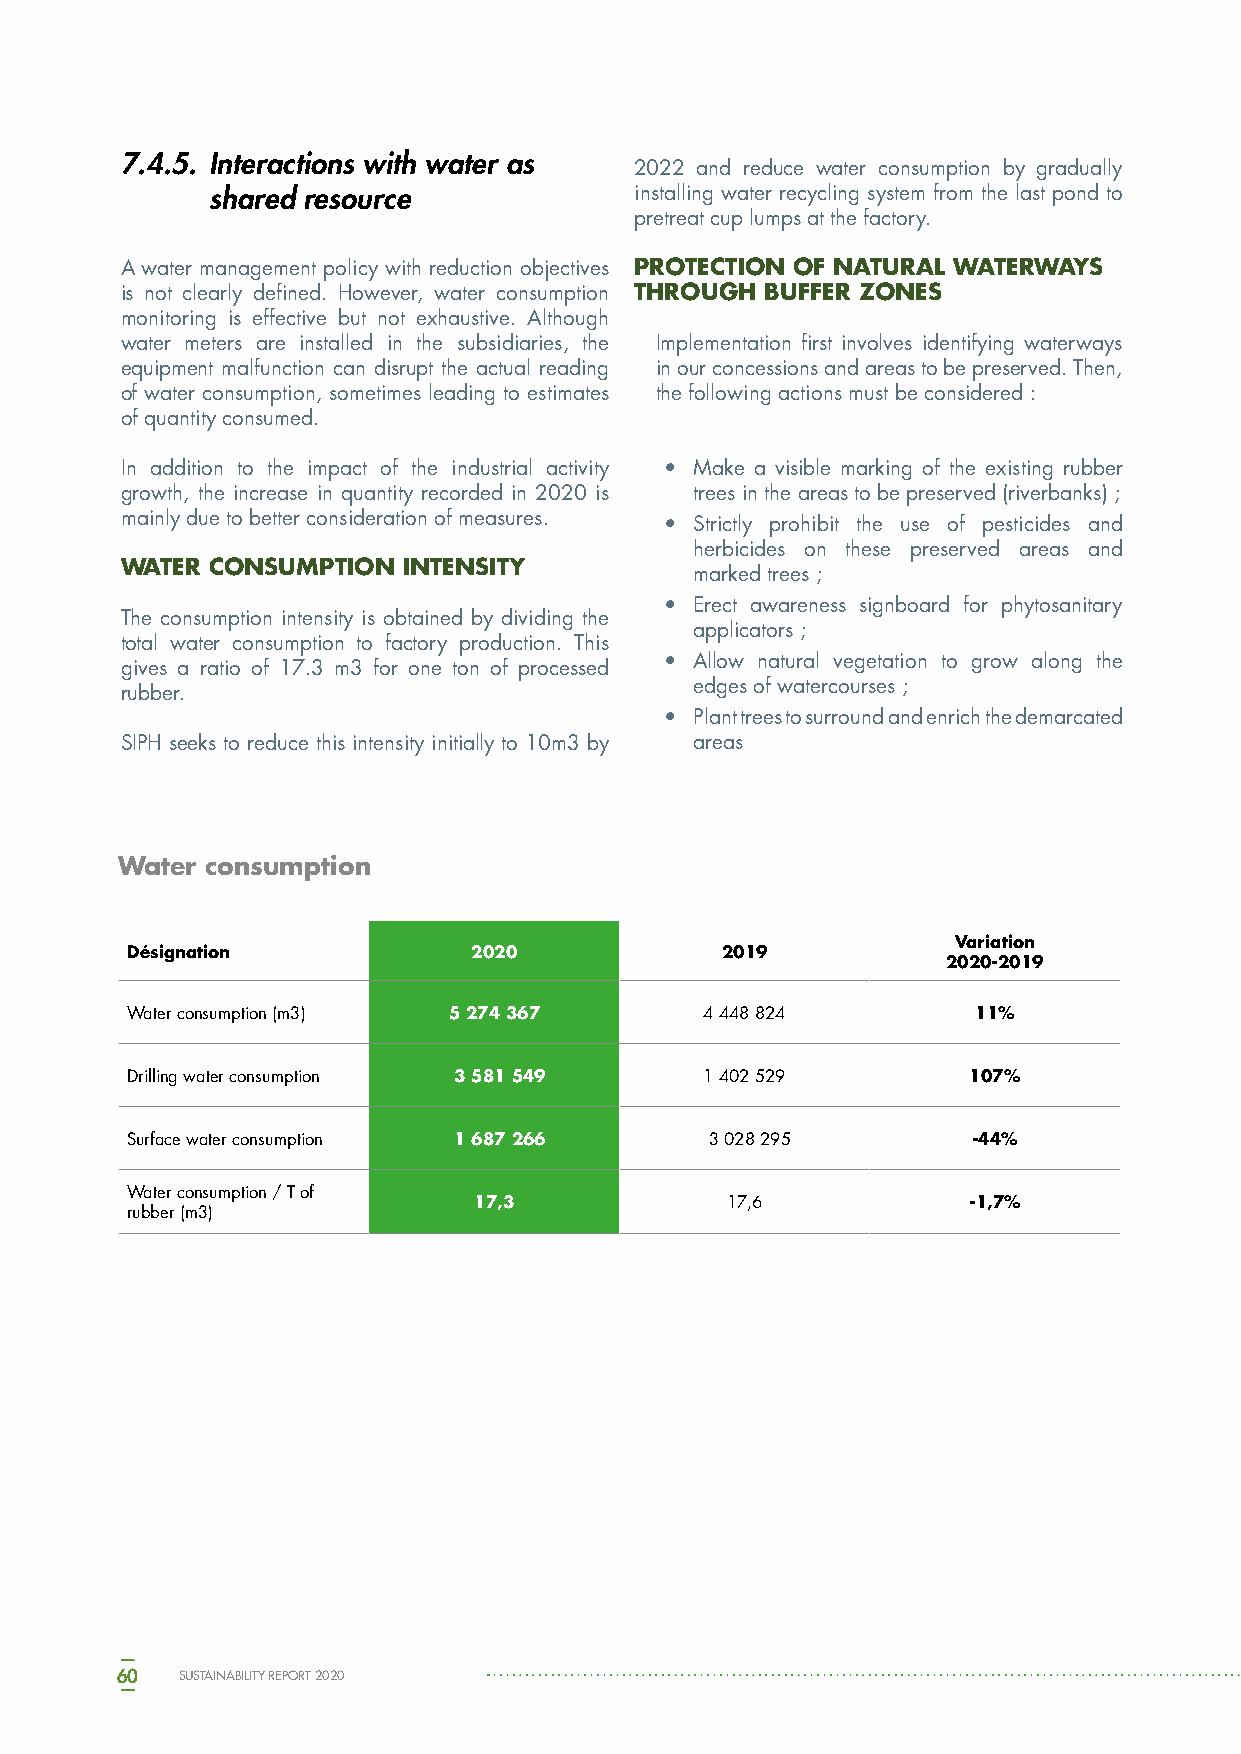
7.4.5. Interactions with water as
 2022 and reduce water consumption by gradually
 shared resource             installing water recycling system from the last pond to
 pretreat cup lumps at the factory.
 A water management policy with reduction objectives PROTECTION OF NATURAL WATERWAYS
 is not clearly defined. However, water consumption THROUGH BUFFER ZONES
 monitoring is effective but not exhaustive. Although
 water meters are installed in the subsidiaries, the Implementation first involves identifying waterways
 equipment malfunction can disrupt the actual reading in our concessions and areas to be preserved. Then,
 of water consumption, sometimes leading to estimates the following actions must be considered :
 of quantity consumed.
 In addition to the impact of the industrial activity • Make a visible marking of the existing rubber
 growth, the increase in quantity recorded in 2020 is trees in the areas to be preserved (riverbanks) ;
 mainly due to better consideration of measures. • Strictly prohibit the use of pesticides and
 herbicides on these preserved areas and
 WATER CONSUMPTION  INTENSITY
 marked trees ;
 • Erect awareness signboard for phytosanitary
 The consumption intensity is obtained by dividing the
 applicators ;
 total water consumption to factory production. This
 • Allow natural vegetation to grow along the
 gives a ratio of 17.3 m3 for one ton of processed
 edges of watercourses ;
 rubber.
 • Plant trees to surround and enrich the demarcated
 SIPH seeks to reduce this intensity initially to 10m3 by areas
 Water consumption
 Variation
 Désignation            2020             2019
 2020-2019
 Water consumption (m3) 5 274 367       4 448 824         11%
 Drilling water consumption 3 581 549   1 402 529        107%
 Surface water consumption 1 687 266    3 028 295        -44%
 Water consumption / T of
 17,3             17,6            -1,7%
 rubber (m3)
 60  SUSTAINABILITY REPORT 2020